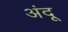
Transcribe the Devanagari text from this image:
अंदू